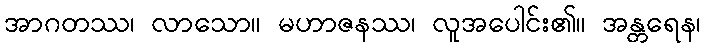
အာဂတဿ၊ လာသော။ မဟာဇနဿ၊ လူအပေါင်း၏။ အန္တရေန၊